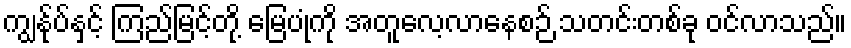
ကျွန်ုပ်နှင့် ကြည်မြင့်တို့ မြေပုံကို အတူလေ့လာနေစဉ် သတင်းတစ်ခု ဝင်လာသည်။